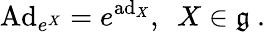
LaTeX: \mathrm{Ad}_{e^{X}}=e^{\mathrm{ad}_{X}},~~X\in{\mathfrak{g}}~.